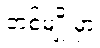
တစ်မျိုးမှာ